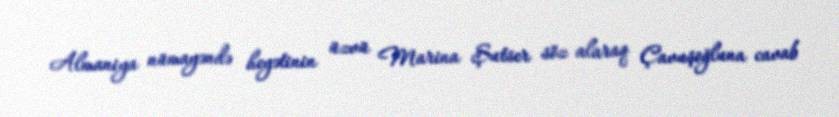
Almaniya nümayəndə heyətinin üzvü Marina Şutser söz alaraq Çavuşoğluna cavab